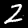
Label: 2